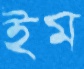
ইম